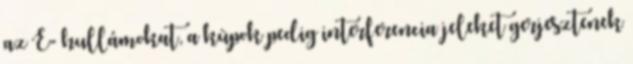
az E- hullámokat, a kûpok pedig interferencia jeleket gerjesztenek